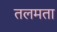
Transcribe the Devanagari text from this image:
तलमता